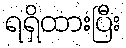
ရရှိထားပြီး